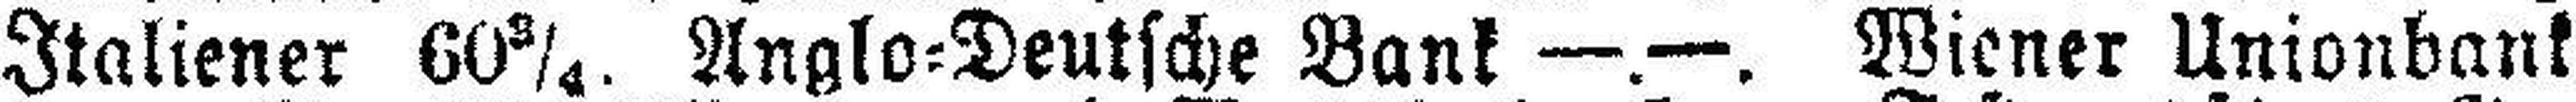
Italiener 60¾. Anglo=Deutsche Bank —.—. Wiener Unionbank